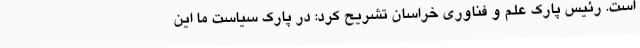
است. رئیس پارک علم و فناوری خراسان تشریح کرد: در پارک سیاست ما این